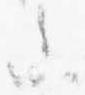
参